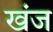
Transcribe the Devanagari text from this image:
खंज